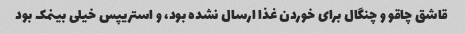
قاشق چاقو و چنگال برای خوردن غذا ارسال نشده بود، و استریپس خیلی بینمک بود